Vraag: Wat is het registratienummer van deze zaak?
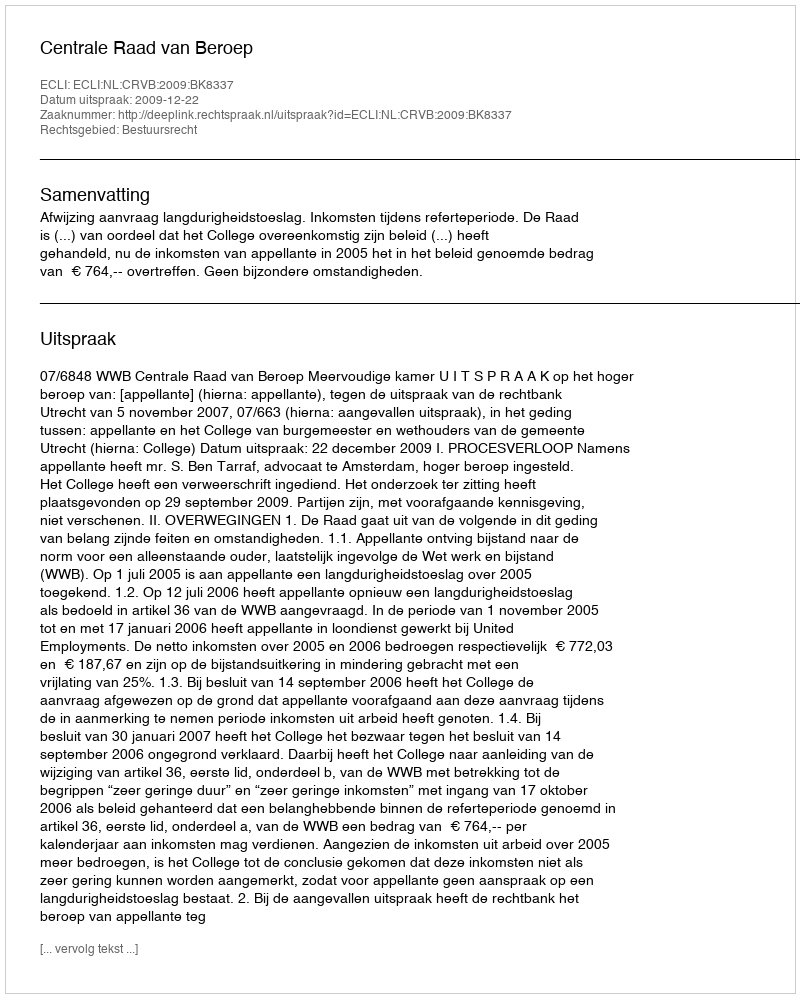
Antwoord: http://deeplink.rechtspraak.nl/uitspraak?id=ECLI:NL:CRVB:2009:BK8337